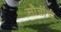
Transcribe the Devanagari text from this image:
सौतींची